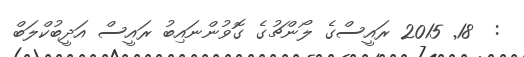
:  18